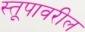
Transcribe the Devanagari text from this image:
स्तूपावरील